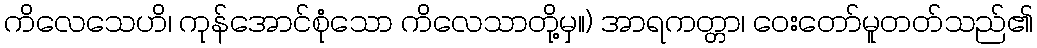
ကိလေသေဟိ၊ ကုန်အောင်စုံသော ကိလေသာတို့မှ။) အာရကတ္တာ၊ ဝေးတော်မူတတ်သည်၏